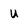
Character: u